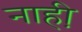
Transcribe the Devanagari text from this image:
नाही़